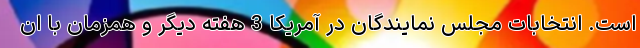
است. انتخابات مجلس نمایندگان در آمریکا 3 هفته دیگر و همزمان با ان